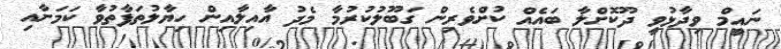
ނައީމް ވިދާޅުވީ ދޫކޮށްލާ ބައެއް ކުށްވެރިން ގަބޫލުކުރުމާ މެދު އާއިލާއިން ހިޔާލުތަފާތުވާ ކަމަށާއި